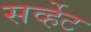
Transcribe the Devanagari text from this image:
सर्व्हेट